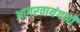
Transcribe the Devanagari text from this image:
आगरवायंगणी